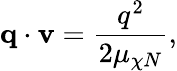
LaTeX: \mathbf{q}\cdot\mathbf{v}=\frac{q^{2}}{2\mu_{\chi N}},